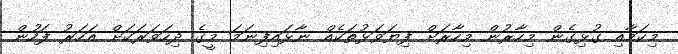
މިކަމާއި ގުޅިގެން މިހާރުން މިހާރަށް ފިޔަވަޅުތަކެއް ނާޅައިފިނަމަ މީގެ ދިހަވަރަކަށް އަހަރު ފަހުން